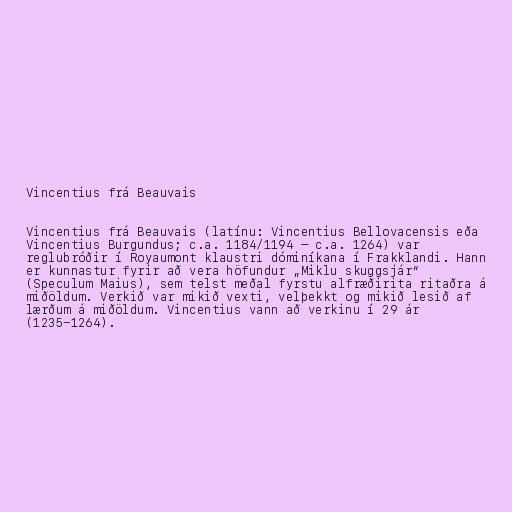
Vincentius frá Beauvais

Vincentius frá Beauvais (latínu: Vincentius Bellovacensis eða
Vincentius Burgundus; c.a. 1184/1194 – c.a. 1264) var
reglubróðir í Royaumont klaustri dóminíkana í Frakklandi. Hann
er kunnastur fyrir að vera höfundur „Miklu skuggsjár“
(Speculum Maius), sem telst meðal fyrstu alfræðirita ritaðra á
miðöldum. Verkið var mikið vexti, velþekkt og mikið lesið af
lærðum á miðöldum. Vincentius vann að verkinu í 29 ár
(1235-1264).